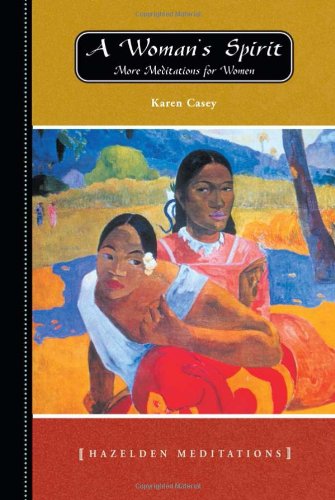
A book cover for A Woman's Spirit (Hazelden Meditations); Karen Casey; Religion & Spirituality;